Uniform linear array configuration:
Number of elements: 48
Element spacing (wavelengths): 0.5
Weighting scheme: kaiser
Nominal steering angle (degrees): -15
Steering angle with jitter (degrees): -15.829
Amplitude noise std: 0.05
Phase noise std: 0.05

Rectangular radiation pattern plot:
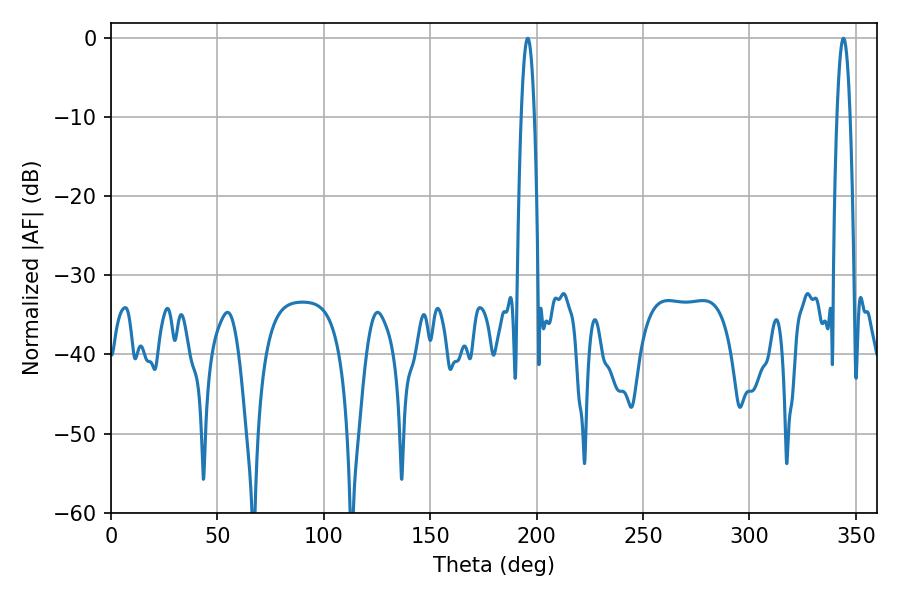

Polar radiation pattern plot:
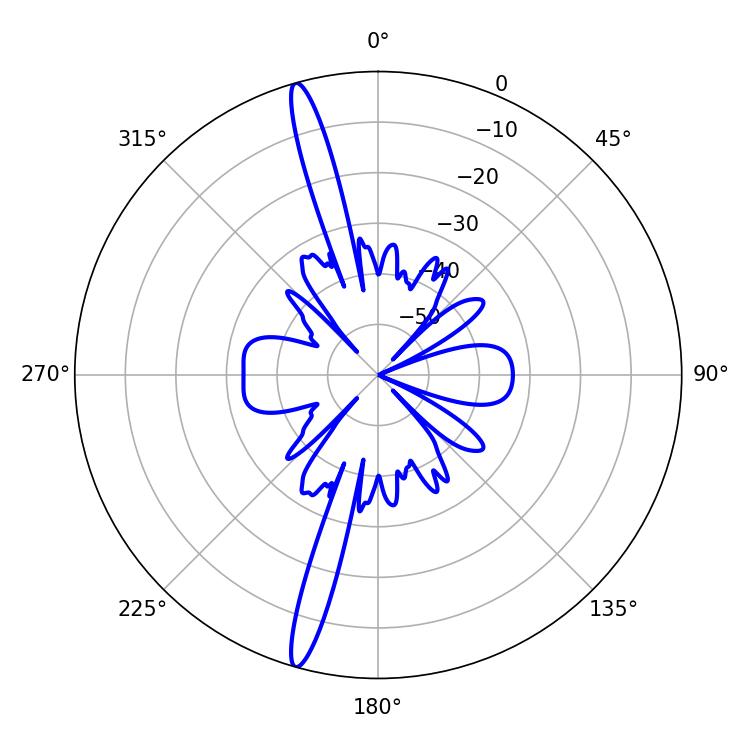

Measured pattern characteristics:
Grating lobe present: FALSE
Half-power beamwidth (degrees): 3.24
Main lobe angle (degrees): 195.84